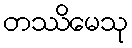
တဿိမေသု